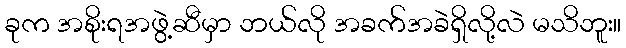
ခုက အစိုးရအဖွဲ့ဆီမှာ ဘယ်လို အခက်အခဲရှိလို့လဲ မသိဘူး။